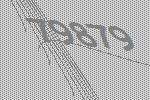
79879